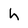
Character: h